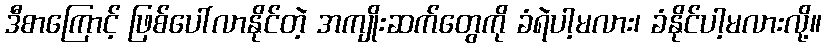
ဒီစာကြောင့် ဖြစ်ပေါ်လာနိုင်တဲ့ အကျိုးဆက်တွေကို ခံရဲပါ့မလား၊ ခံနိုင်ပါ့မလားလို့။